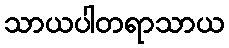
သာယပါတရာသာယ